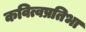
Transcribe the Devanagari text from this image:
कवित्वप्रतिभा